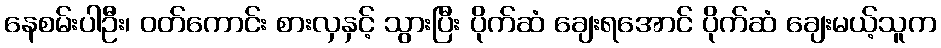
နေစမ်းပါဦး၊ ဝတ်ကောင်း စားလှနှင့် သွားပြီး ပိုက်ဆံ ချေးရအောင် ပိုက်ဆံ ချေးမယ့်သူက